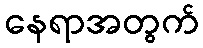
နေရာအတွက်